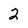
Character: 2